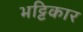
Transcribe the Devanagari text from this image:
भट्टिकार